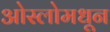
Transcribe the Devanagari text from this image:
ओस्लोमधून